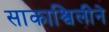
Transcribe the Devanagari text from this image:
साकाश्विलीने